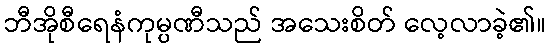
ဘီအိုစီရေနံကုမ္ပဏီသည် အသေးစိတ် လေ့လာခဲ့၏။